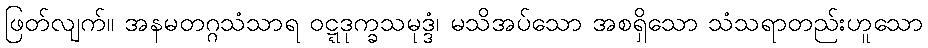
ဖြတ်လျက်။ အနမတဂ္ဂသံသာရ ဝဋ္ဋဒုက္ခသမုဒ္ဒံ၊ မသိအပ်သော အစရှိသော သံသရာတည်းဟူသော